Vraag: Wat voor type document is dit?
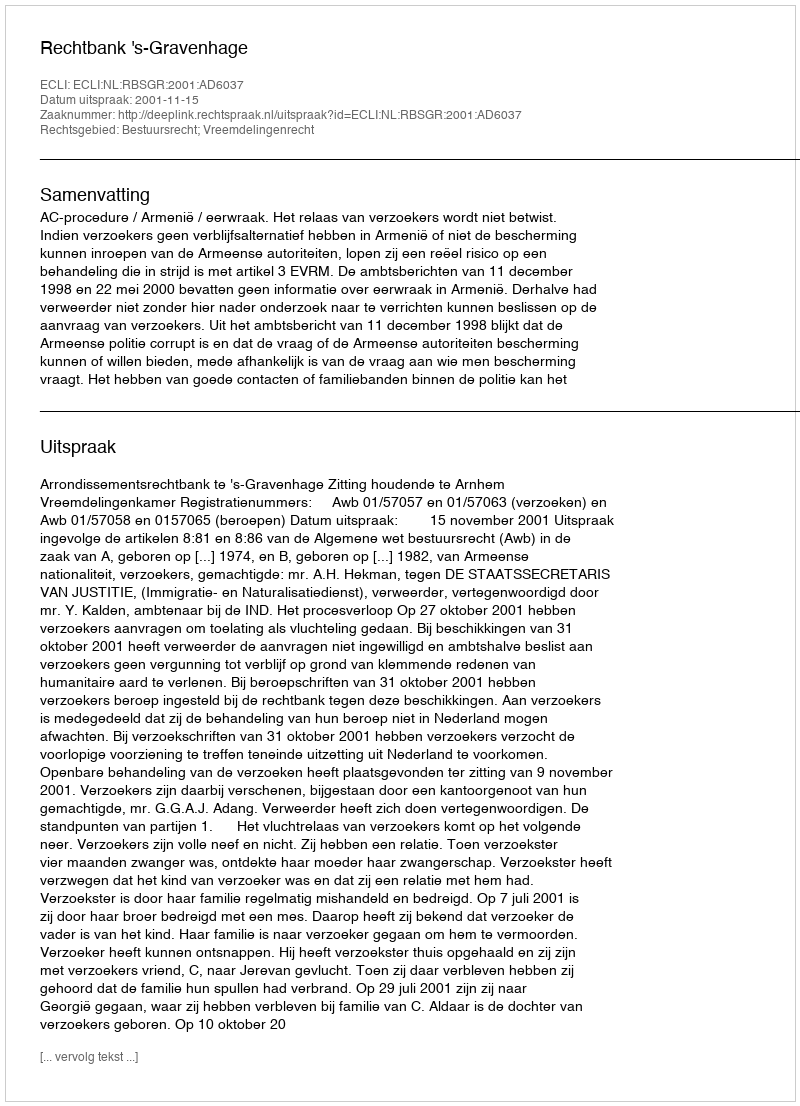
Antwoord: Uitspraak